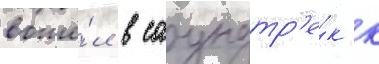
вошё́л в саундтр'е́к к